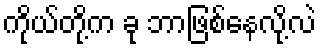
ကိုယ်တို့က ခု ဘာဖြစ်နေလို့လဲ